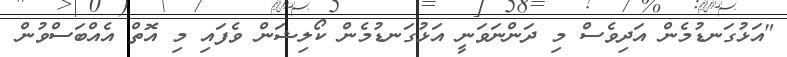
"އަޅުގަނޑުމެން އަދިވެސް މި ދަންނަވަނީ އަޅުގަނޑުމެން ކޯލިޝަން ވެފައި މި އޮތް އެއްބަސްވުން